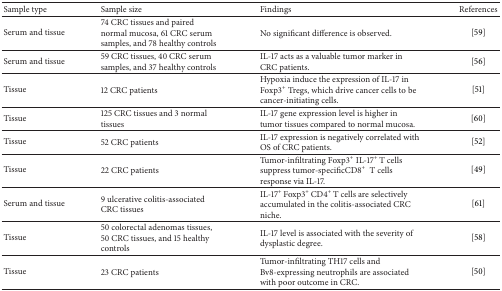
<table><thead><tr><td><b>Sample type</b></td><td><b>Sample size</b></td><td><b>Findings</b></td><td><b>References</b></td></tr></thead><tbody><tr><td>Serum and tissue</td><td>74 CRC tissues and paired normal mucosa, 61 CRC serum samples, and 78 healthy controls</td><td>No significant difference is observed. </td><td>[59]</td></tr><tr><td>Serum and tissue</td><td>59 CRC tissues, 40 CRC serum samples, and 37 healthy controls</td><td>IL-17 acts as a valuable tumor marker in CRC patients.</td><td>[56]</td></tr><tr><td>Tissue</td><td>12 CRC patients</td><td>Hypoxia induce the expression of IL-17 in Foxp3<sup>+</sup> Tregs, which drive cancer cells to be cancer-initiating cells.</td><td>[51]</td></tr><tr><td>Tissue</td><td>125 CRC tissues and 3 normal tissues</td><td>IL-17 gene expression level is higher in tumor tissues compared to normal mucosa.</td><td>[60]</td></tr><tr><td>Tissue</td><td>52 CRC patients</td><td>IL-17 expression is negatively correlated with OS of CRC patients.</td><td>[52]</td></tr><tr><td>Tissue</td><td>22 CRC patients</td><td>Tumor-infiltrating Foxp3<sup>+</sup> IL-17<sup>+ </sup>T cells suppress tumor-specificCD8<sup>+</sup>T cells response via IL-17.</td><td>[49]</td></tr><tr><td>Serum and tissue </td><td>9 ulcerative colitis-associated CRC tissues</td><td>IL-17<sup>+ </sup>Foxp3<sup>+ </sup>CD4<sup>+ </sup>T cells are selectively accumulated in the colitis-associated CRC niche.</td><td>[61]</td></tr><tr><td>Tissue</td><td>50 colorectal adenomas tissues, 50 CRC tissues, and 15 healthy controls</td><td>IL-17 level is associated with the severity of dysplastic degree.</td><td>[58]</td></tr><tr><td>Tissue</td><td>23 CRC patients</td><td>Tumor-infiltrating TH17 cells and Bv8-expressing neutrophils are associated with poor outcome in CRC.</td><td>[50]</td></tr></tbody></table>